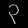
Digit: ၃